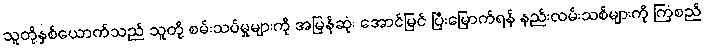
သူတို့နှစ်ယောက်သည် သူတို့ စမ်းသပ်မှုများကို အမြန်ဆုံး အောင်မြင် ပြီးမြောက်ရန် နည်းလမ်းသစ်များကို ကြံစည်